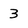
Character: 3